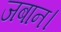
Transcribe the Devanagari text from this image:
जबान।